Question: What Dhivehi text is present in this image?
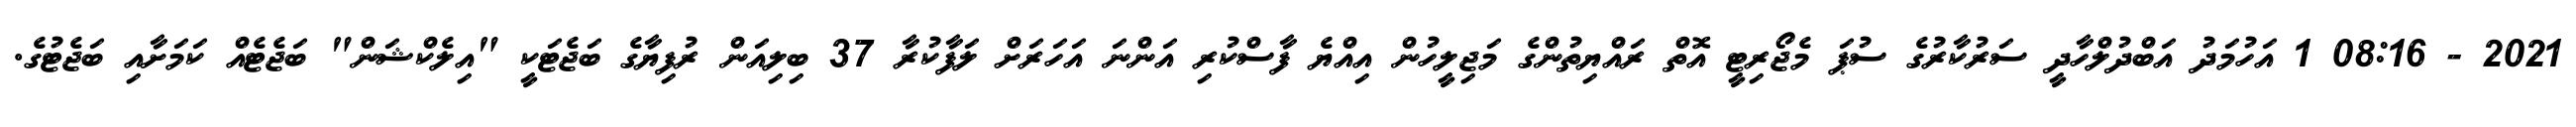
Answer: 2021 - 08:16 1 އަހުމަދު އަބްދުލްހާދީ ސަރުކާރުގެ ސުޕަ މެޖޯރިޓީ އޮތް ރައްޔިތުންގެ މަޖިލީހުން އިއްޔެ ފާސްކުރި އަންނަ އަހަރަށް ލަފާކުރާ 37 ބިލިއަން ރުފިޔާގެ ބަޖެޓަކީ "އިލެކްޝަން" ބަޖެޓެއް ކަމަށާއި ބަޖެޓުގެ.